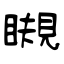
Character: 瞡